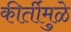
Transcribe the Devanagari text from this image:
कीर्तीमुळे